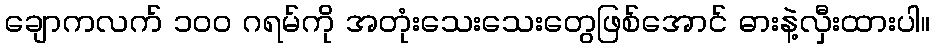
ချောကလက် ၁၀၀ ဂရမ်ကို အတုံးသေးသေးတွေဖြစ်အောင် ဓားနဲ့လှီးထားပါ။